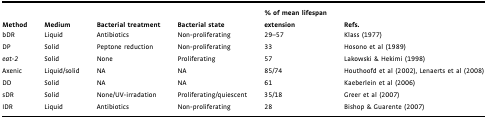
<table><thead><tr><td><b>Method</b></td><td><b>Medium</b></td><td><b>Bacterial treatment</b></td><td><b>Bacterial state</b></td><td><b>% of mean lifespan extension</b></td><td><b>Refs.</b></td></tr></thead><tbody><tr><td>bDR</td><td>Liquid</td><td>Antibiotics</td><td>Non-proliferating</td><td>29–57</td><td>Klass (1977)</td></tr><tr><td>DP</td><td>Solid</td><td>Peptone reduction</td><td>Non-proliferating</td><td>33</td><td>Hosono et al (1989)</td></tr><tr><td><i>eat-2</i></td><td>Solid</td><td>None</td><td>Proliferating</td><td>57</td><td>Lakowski &amp; Hekimi (1998)</td></tr><tr><td>Axenic</td><td>Liquid/solid</td><td>NA</td><td>NA</td><td>85/74</td><td>Houthoofd et al (2002), Lenaerts et al (2008)</td></tr><tr><td>DD</td><td>Solid</td><td>NA</td><td>NA</td><td>61</td><td>Kaeberlein et al (2006)</td></tr><tr><td>sDR</td><td>Solid</td><td>None/UV-irradation</td><td>Proliferating/quiescent</td><td>35/18</td><td>Greer et al (2007)</td></tr><tr><td>IDR</td><td>Liquid</td><td>Antibiotics</td><td>Non-proliferating</td><td>28</td><td>Bishop &amp; Guarente (2007)</td></tr></tbody></table>